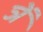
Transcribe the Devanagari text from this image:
ञें